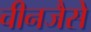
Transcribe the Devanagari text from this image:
चीनजैसे